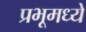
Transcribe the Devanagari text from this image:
प्रभूमध्ये